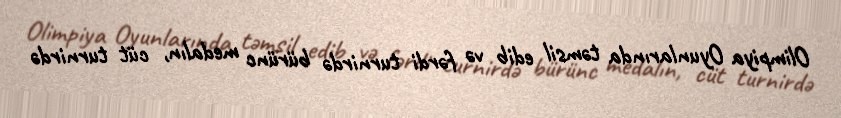
Olimpiya Oyunlarında təmsil edib və fərdi turnirdə bürünc medalın, cüt turnirdə